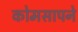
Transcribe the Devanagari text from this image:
कोमसापने